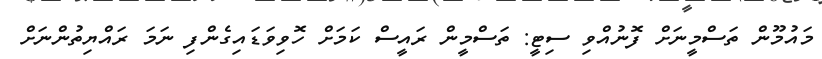
މައުމޫން ތަސްމީނަށް ފޮނުއްވި ސިޓީ: ތަސްމީން ރައީސް ކަމަށް ހޮވިވަޑައިގެންފި ނަމަ ރައްޔިތުންނަށް